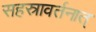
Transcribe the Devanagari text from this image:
सहस्रावर्तनात्‌